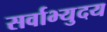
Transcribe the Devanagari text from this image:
सर्वाभ्युदय